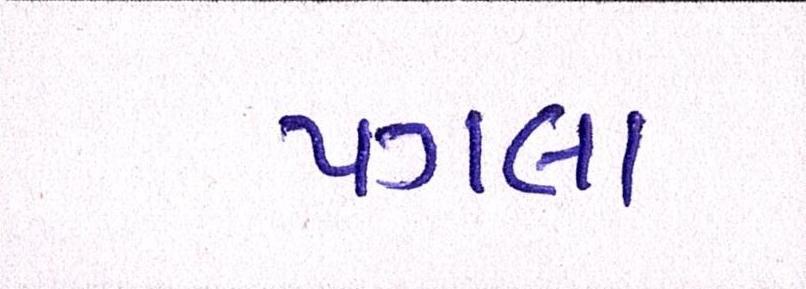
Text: પગલા